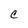
Character: C